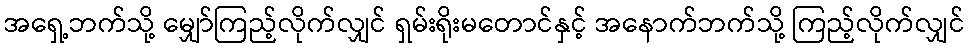
အရှေ့ဘက်သို့ မျှော်ကြည့်လိုက်လျှင် ရှမ်းရိုးမတောင်နှင့် အနောက်ဘက်သို့ ကြည့်လိုက်လျှင်